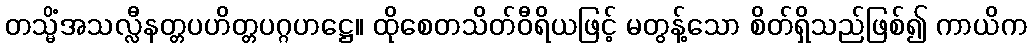
တသ္မိံအသလ္လီနတ္တပဟိတ္တပဂ္ဂဟဋ္ဌေ။ ထိုစေတသိတ်ဝီရိယဖြင့် မတွန့်သော စိတ်ရှိသည်ဖြစ်၍ ကာယိက